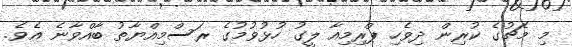
މި މެޗުގެ ކުރިން ދިވެހި ޕްރިމިއާ ލީގު ހުޅުވުމުގެ ރަސްމިއްޔާތު ބާއްވާނެ އެވެ.